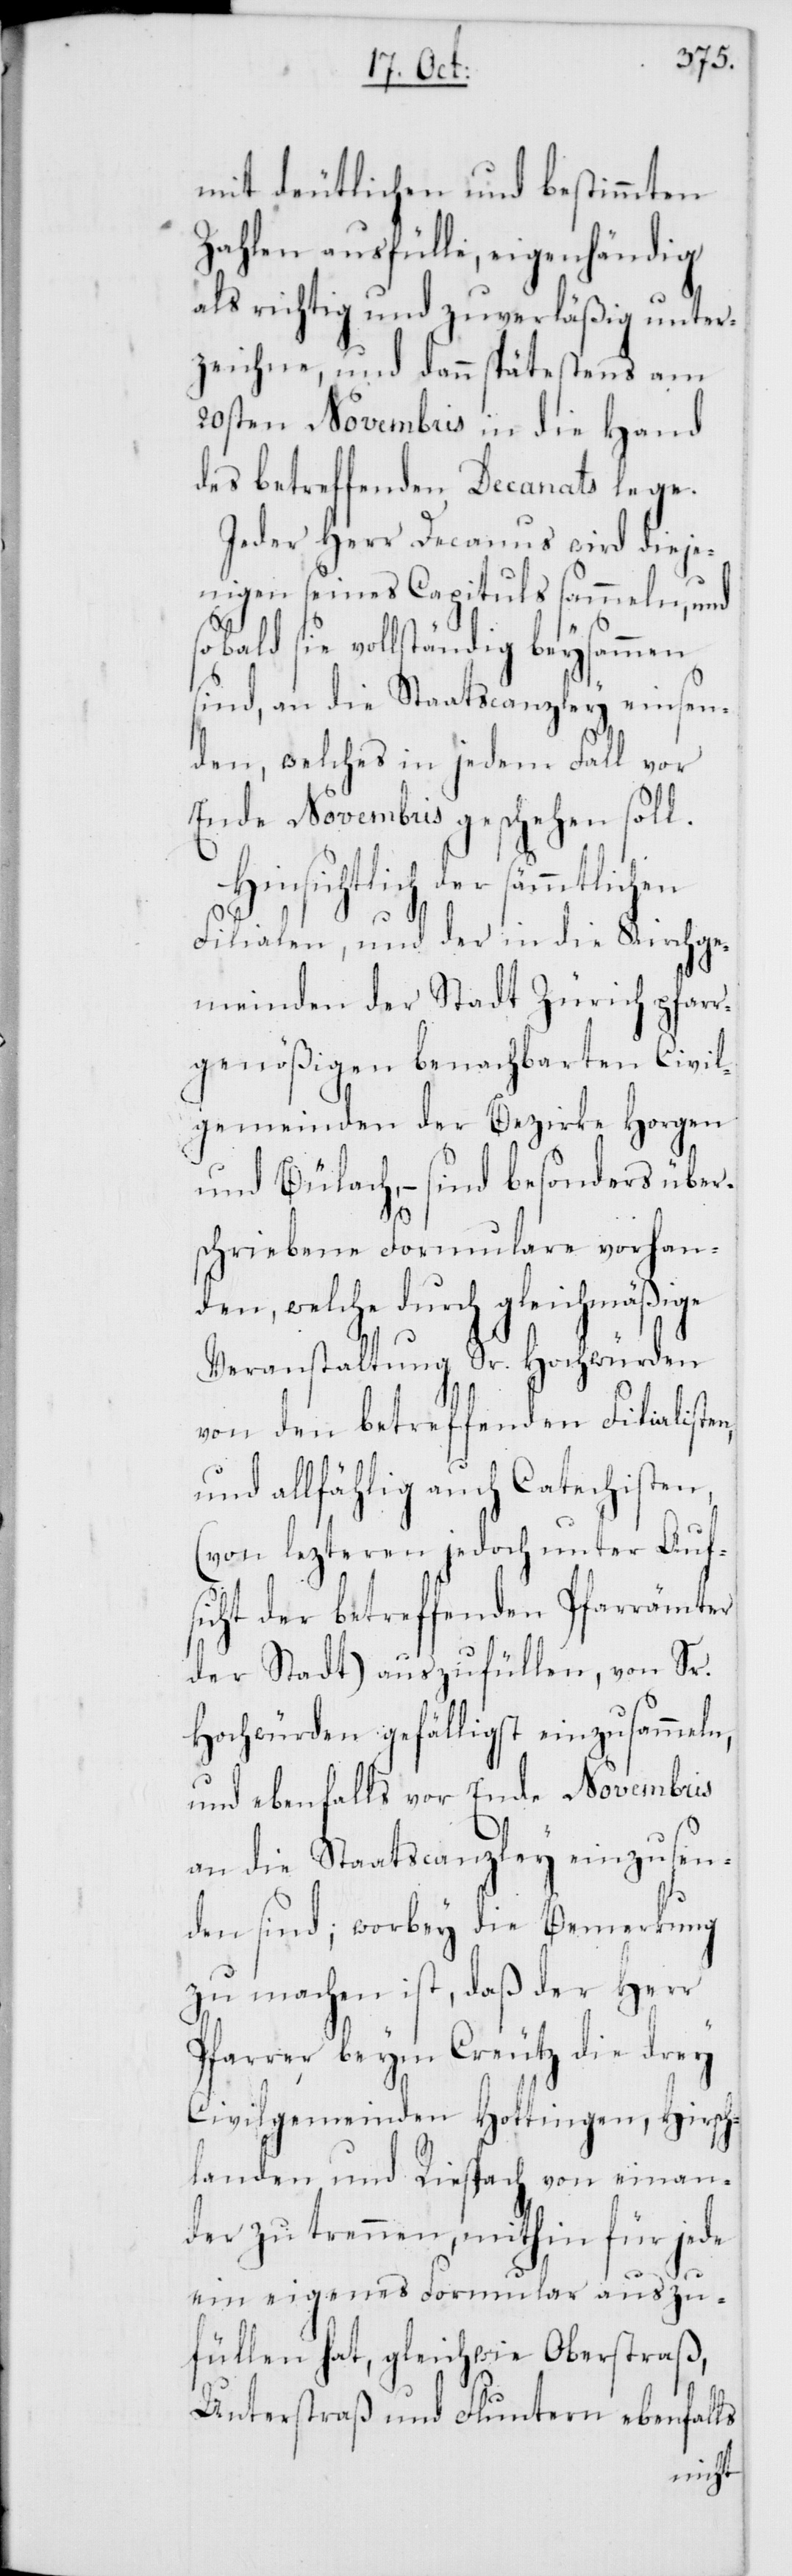
mit deutlichen und bestimmten
Zahlen ausfülle, eigenhändig
als richtig und zuverläßig unter¬
zeichne, und dann spätestens am
20sten Novembris in die Hand
des betreffenden Decanats lege.
Jeder Herr Decanus wird dieje¬
nigen seines Capituls sammeln, und
sobald sie vollständig beysammen
sind, an die Staatscanzley einsen¬
den, welches in jedem Fall vor
Ende Novembris geschehen soll.
Hinsichtlich der sämmtlichen
Filialen, und der in die Kirchge¬
meinden der Stadt Zürich pfarr¬
genößigen benachbarten Civil¬
gemeinden der Bezirke Horgen
und Bülach, – sind besonders über¬
schriebene Formulare vorhan¬
den, welche durch gleichmäßige
Veranstaltung Sr. Hochwürden
von den betreffenden Filialisten,
und allfählig auch Catechisten,
(von lezteren jedoch unter Auf¬
sicht der betreffenden Pfarrämter
der Stadt) auszufüllen, von Sr.
Hochwürden gefälligst einzusammeln,
und ebenfalls vor Ende Novembris
an die Staatscanzley einzusen¬
den sind; worbey die Bemerkung
zu machen ist, daß der Herr
Pfarrer beym Creutz die drey
Civilgemeinden Hottingen, Hirsch¬
der zu trennen, mithin für jede
ein eigenes Formular auszu¬
füllen hat, gleichwie Oberstraß,
Unterstraß und Fluntern ebenfalls
einan¬